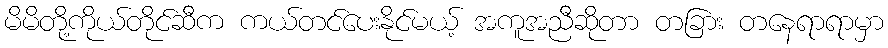
မိမိတို့ကိုယ်တိုင်ဆီက ကယ်တင်ပေးနိုင်မယ့် အကူအညီဆိုတာ တခြား တနေရာရာမှာ